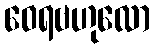
ဝေရဗဟုလော